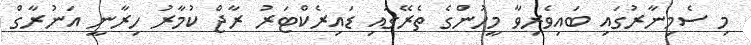
މި ސެމިނާރުގައި ބައިވެރިވާ މީހުންގެ ތެރޭގައި ޑައިރެކްޓަރު ރާޖް ކުމާރު ހިރާނީ އަނުރާގް